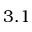
3 . 1